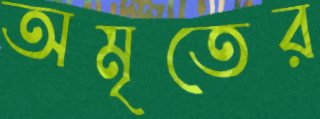
অমৃতের